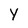
Character: Y